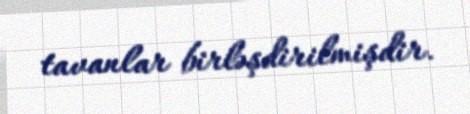
tavanlar birləşdirilmişdir.